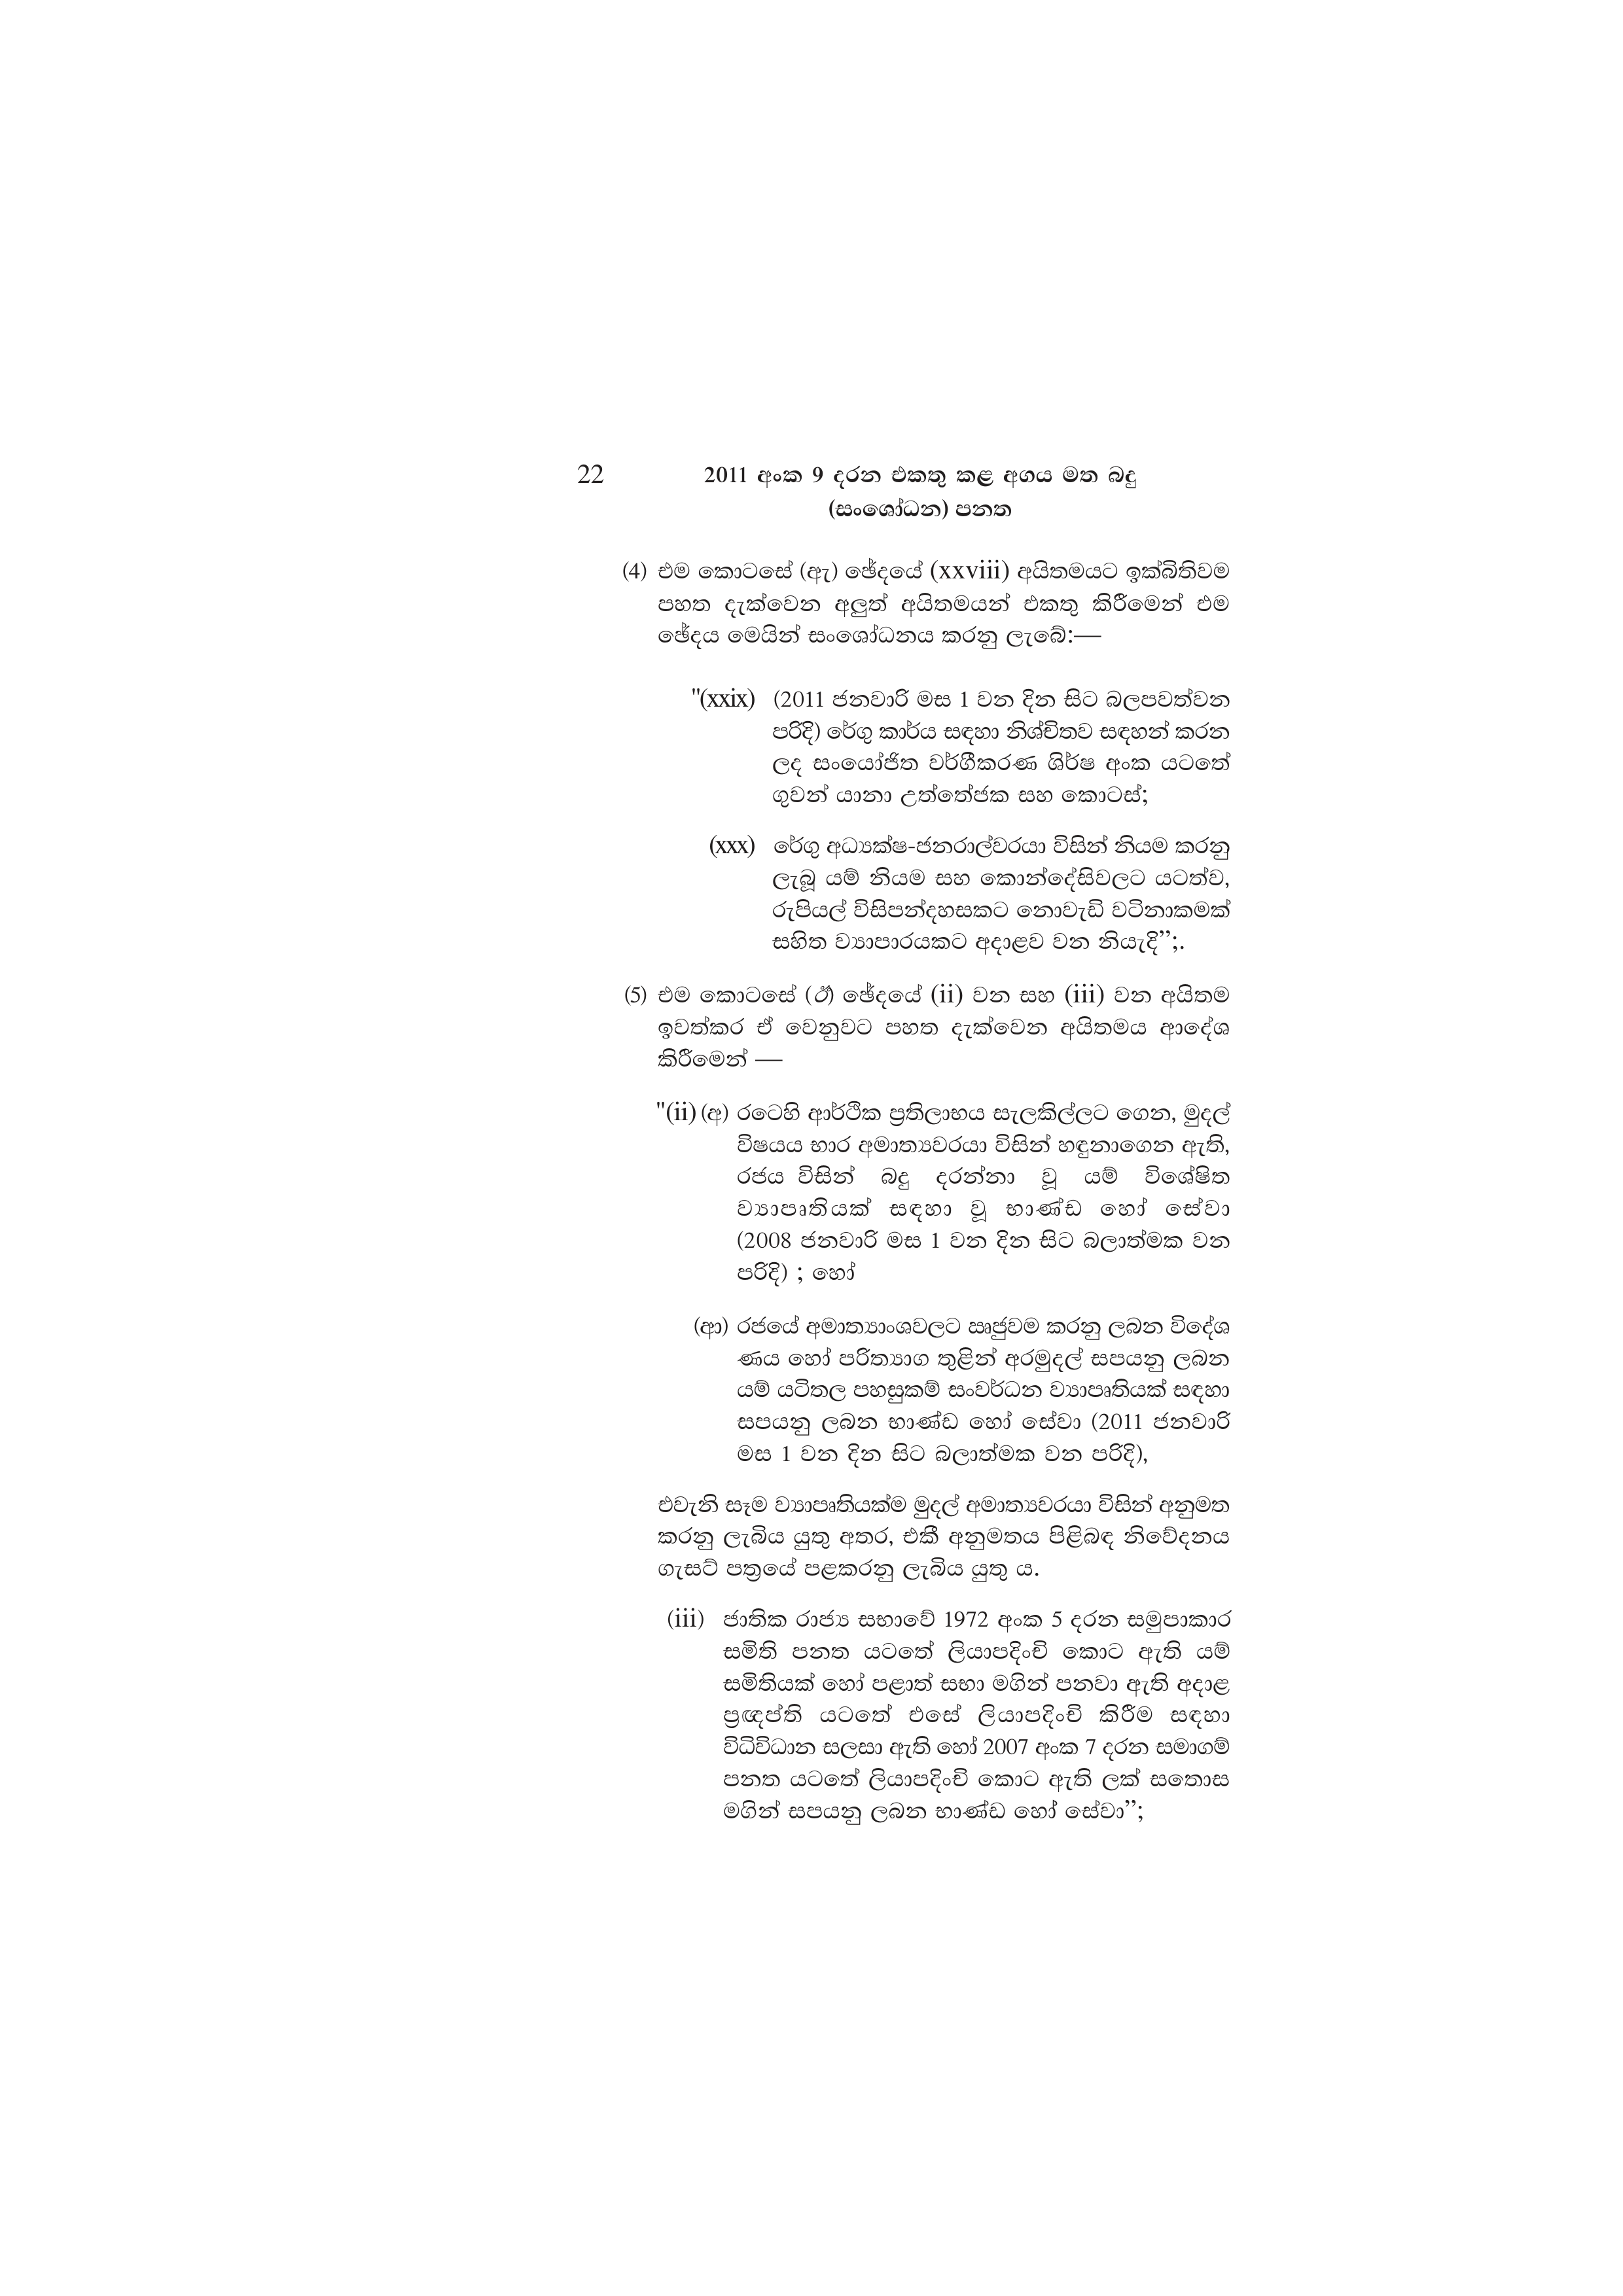
22 2011 අංක 9 දරන එකතු කළ අගය මත බදු
(සංශෝධන) පනත

(4) එම කොටසේ (ඇ) ඡේදයේ (xxviii) අයිතමයට ඉක්බිතිවම
පහත දැක්වෙන අලුත් අයිතමයන් එකතු කිරීමෙන් එම
ඡේදය මෙයින් සංශෝධනය කරනු ලැබේ:—

"(xxix) (2011 ජනවාරි මස 1 වන දින සිට බලපවත්වන
පරිදි) රේගු කාර්ය සඳහා නිශ්චිතව සඳහන් කරන
ලද සංයෝජිත වර්ගීකරණ ශිර්ෂ අංක යටතේ
ගුවන් යානා උත්තේජක සහ කොටස්;

(xxx) රේගු අධ්‍යක්ෂ-ජනරාල්වරයා විසින් නියම කරනු
ලැබූ යම් නියම සහ කොන්දේසිවලට යටත්ව,
රුපියල් විසිපන්දහසකට නොවැඩි වටිනාකමක්
සහිත ව්‍යාපාරයකට අදාළව වන නියැදි”;.

(5) එම කොටසේ (ඊ) ඡේදයේ (ii) වන සහ (iii) වන අයිතම
ඉවත්කර ඒ වෙනුවට පහත දැක්වෙන අයිතමය ආදේශ
කිරීමෙන් —

"(ii) (අ) රටෙහි ආර්ථික ප්‍රතිලාභය සැලකිල්ලට ගෙන, මුදල්
විෂයය භාර අමාත්‍යවරයා විසින් හඳුනාගෙන ඇති,
රජය විසින් බදු දරන්නා වූ යම් විශේෂිත
ව්‍යාපෘතියක් සඳහා වූ භාණ්ඩ හෝ සේවා
(2008 ජනවාරි මස 1 වන දින සිට බලාත්මක වන
පරිදි) ; හෝ

(ආ) රජයේ අමාත්‍යාංශවලට ඍජුවම කරනු ලබන විදේශ
ණය හෝ පරිත්‍යාග තුළින් අරමුදල් සපයනු ලබන
යම් යටිතල පහසුකම් සංවර්ධන ව්‍යාපෘතියක් සඳහා
සපයනු ලබන භාණ්ඩ හෝ සේවා (2011 ජනවාරි
මස 1 වන දින සිට බලාත්මක වන පරිදි),

එවැනි සෑම ව්‍යාපෘතියක්ම මුදල් අමාත්‍යවරයා විසින් අනුමත
කරනු ලැබිය යුතු අතර, එකී අනුමතය පිළිබඳ නිවේදනය
ගැසට් පත්‍රයේ පළකරනු ලැබිය යුතු ය.

(iii) ජාතික රාජ්‍ය සභාවේ 1972 අංක 5 දරන සමුපාකාර
සමිති පනත යටතේ ලියාපදිංචි කොට ඇති යම්
සමිතියක් හෝ පළාත් සභා මගින් පනවා ඇති අදාළ
ප්‍රඥප්ති යටතේ එසේ ලියාපදිංචි කිරීම සඳහා
විධිවිධාන සලසා ඇති හෝ 2007 අංක 7 දරන සමාගම්
පනත යටතේ ලියාපදිංචි කොට ඇති ලක් සතොස
මගින් සපයනු ලබන භාණ්ඩ හෝ සේවා”;